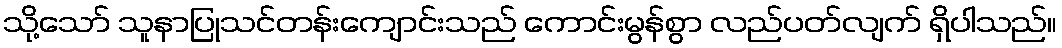
သို့သော် သူနာပြုသင်တန်းကျောင်းသည် ကောင်းမွန်စွာ လည်ပတ်လျက် ရှိပါသည်။